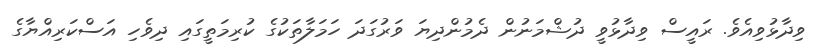
ވިދާޅުވިއެވެ. ރައީސް ވިދާޅުވީ ދުޝްމަނުން ދެމުންދިޔަ ވަރުގަދަ ހަމަލާތަކުގެ ކުރިމަތީގައި ދިވެހި އަސްކަރިއްޔާގެ